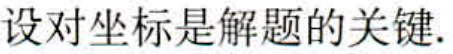
设对坐标是解题的关键.